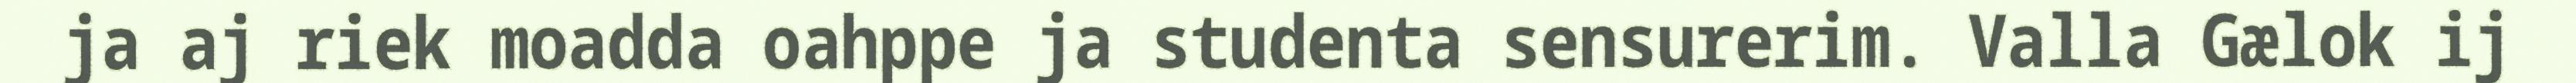
ja aj riek moadda oahppe ja studenta sensurerim. Valla Gælok ij